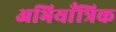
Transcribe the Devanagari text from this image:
अभियाँत्रिक